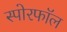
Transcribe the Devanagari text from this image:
स्पोरफॉल